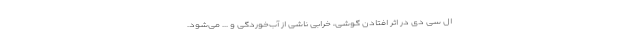
ال سی دی در اثر افتادن گوشی، خرابی ناشی از آب‌خوردگی و ... می‌شود.